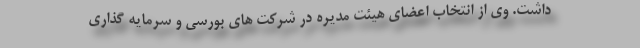
داشت. وی از انتخاب اعضای هیئت مدیره در شرکت های بورسی و سرمایه گذاری